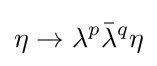
\eta \rightarrow \lambda ^{p}{\bar {\lambda }}^{q}\eta